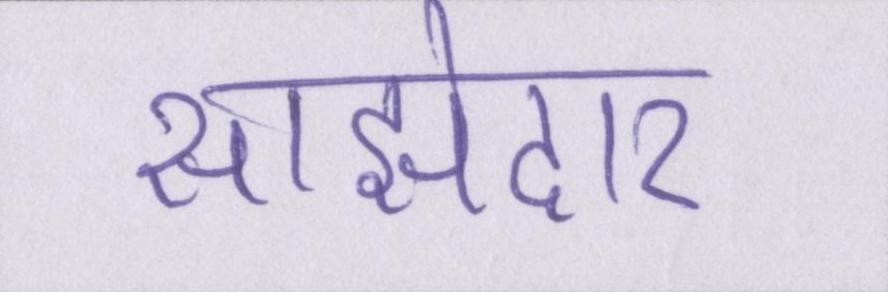
साझेदार